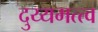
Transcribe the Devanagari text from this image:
दुय्यमत्त्व